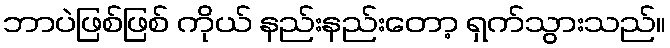
ဘာပဲဖြစ်ဖြစ် ကိုယ် နည်းနည်းတော့ ရှက်သွားသည်။